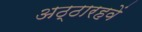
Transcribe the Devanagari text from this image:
अठ्ठारहवें